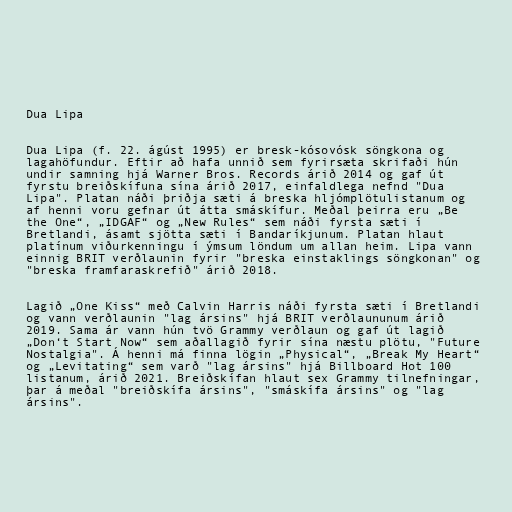
Dua Lipa

Dua Lipa (f. 22. ágúst 1995) er bresk-kósovósk söngkona og
lagahöfundur. Eftir að hafa unnið sem fyrirsæta skrifaði hún
undir samning hjá Warner Bros. Records árið 2014 og gaf út
fyrstu breiðskífuna sína árið 2017, einfaldlega nefnd "Dua
Lipa". Platan náði þriðja sæti á breska hljómplötulistanum og
af henni voru gefnar út átta smáskífur. Meðal þeirra eru „Be
the One“, „IDGAF“ og „New Rules“ sem náði fyrsta sæti í
Bretlandi, ásamt sjötta sæti í Bandaríkjunum. Platan hlaut
platínum viðurkenningu í ýmsum löndum um allan heim. Lipa vann
einnig BRIT verðlaunin fyrir "breska einstaklings söngkonan" og
"breska framfaraskrefið" árið 2018.

Lagið „One Kiss“ með Calvin Harris náði fyrsta sæti í Bretlandi
og vann verðlaunin "lag ársins" hjá BRIT verðlaununum árið
2019. Sama ár vann hún tvö Grammy verðlaun og gaf út lagið
„Don‘t Start Now“ sem aðallagið fyrir sína næstu plötu, "Future
Nostalgia". Á henni má finna lögin „Physical“, „Break My Heart“
og „Levitating“ sem varð "lag ársins" hjá Billboard Hot 100
listanum, árið 2021. Breiðskífan hlaut sex Grammy tilnefningar,
þar á meðal "breiðskífa ársins", "smáskífa ársins" og "lag
ársins".